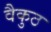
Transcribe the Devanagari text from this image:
वैकुठ